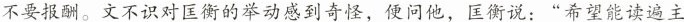
不要报酬。文不识对匡衡的举动感到奇怪，便问他，匡衡说：”希望能读遍主